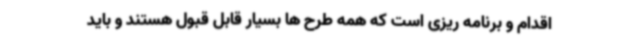
اقدام و برنامه ریزی است که همه طرح ها بسیار قابل قبول هستند و باید